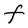
Character: F